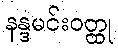
နန္ဒမင်းဝတ္ထု